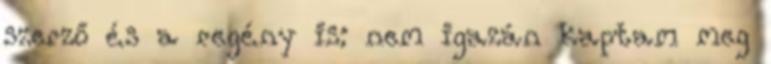
szerző és a regény is: nem igazán kaptam meg